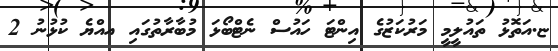
ޏ.އަތޮޅު ތައުލީމީ މަރުކަޒުގެ އިންޓަ ހައުސް ނެޓްބޯޅަ މުބާރާތުގައި އއްޔެ ކުޅުނު 2